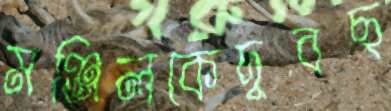
মঞ্জিলকেদুবছ